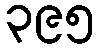
၃၉၅